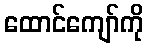
ထောင်ကျော်ကို